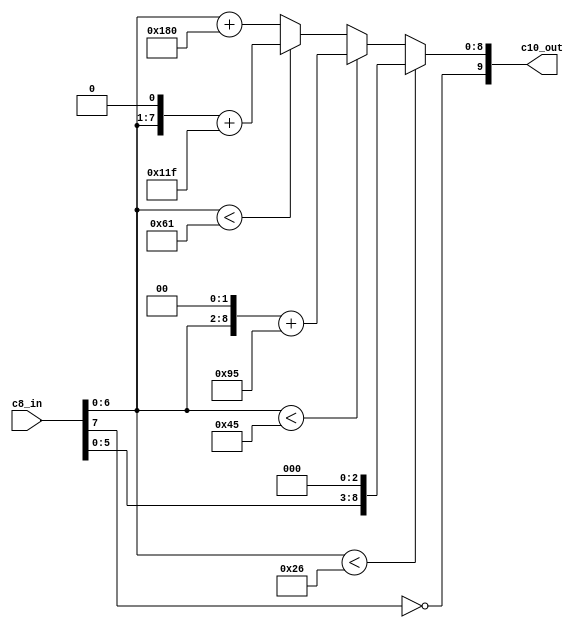
// SPEECH 256
// Copyright (C) 2017 Niels Moseley / Moseley Instruments
// http://www.moseleyinstruments.com
//
// This program is free software: you can redistribute it and/or modify
// it under the terms of the GNU General Public License as published by
// the Free Software Foundation, either version 3 of the License, or
// (at your option) any later version.
//
// This program is distributed in the hope that it will be useful,
// but WITHOUT ANY WARRANTY; without even the implied warranty of
// MERCHANTABILITY or FITNESS FOR A PARTICULAR PURPOSE.  See the
// GNU General Public License for more details.
//
// You should have received a copy of the GNU General Public License
// along with this program.  If not, see <http://www.gnu.org/licenses/>.
//
//
// 8-bit sign-magnitude to 10-bit sign-magnitude 
// conversion block
//
//
// C1: x*8
// C2: 301 + (x-38)*4 = 301 - 152 + x*4 = 149 + x*4
// C3: 425 + (x-69)*2 = 425 - 138 + x*2 = 287 + x*2
// C4: 481 + (x-97)   = 481 - 97  + x   = 384 + x
//
//
//
//

module XLAT (
        c8_in, 
        c10_out
    );

    input      [7:0] c8_in;
    output reg [9:0] c10_out;
    wire sign;

    assign sign = ~c8_in[7];

    always@(*)
    begin
        if (c8_in[6:0] < 38)
            c10_out <= {sign, c8_in[5:0], 3'b000};
        else if (c8_in[6:0] < 69)
            c10_out <= {sign, {c8_in[6:0], 2'b00} + 9'd149};
        else if (c8_in[6:0] < 97)
            c10_out <= {sign, {{1'b0, c8_in[6:0]}, 1'b0} + 9'd287};
        else
            c10_out <= {sign, {{2'b00, c8_in[6:0]} + 9'd384}};
    end
endmodule